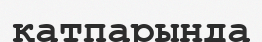
қатпарында